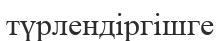
түрлендіргішге